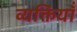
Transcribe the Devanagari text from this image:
व्यक्तियॉं